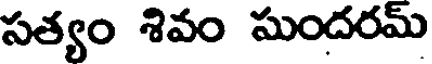
సత్యం శివం సుందరమ్